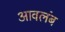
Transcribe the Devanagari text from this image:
आवलंब